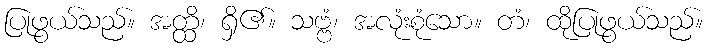
ပြုဖွယ်သည်။ အတ္ထိ၊ ရှိ၏။ သဗ္ဗံ၊ အလုံးစုံသော။ တံ၊ ထိုပြုဖွယ်သည်။